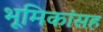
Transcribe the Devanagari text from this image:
भूमिकांसह